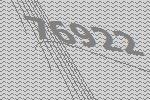
76922